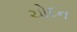
ચોદન